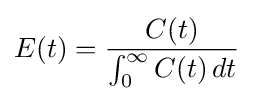
E(t)={\frac {C(t)}{\int _{0}^{\infty }C(t)\,dt}}